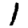
Digit: 1